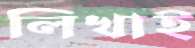
লিখাই